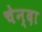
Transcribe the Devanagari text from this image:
चेन्दा